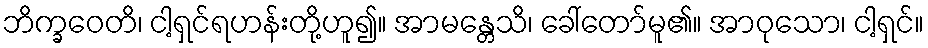
ဘိက္ခဝေတိ၊ ငါ့ရှင်ရဟန်းတို့ဟူ၍။ အာမန္တေသိ၊ ခေါ်တော်မူ၏။ အာဝုသော၊ ငါ့ရှင်။